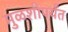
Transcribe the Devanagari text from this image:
मुळशीपर्यंत